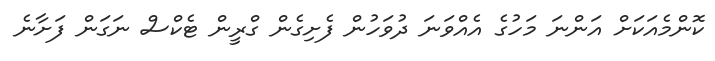
ކޮންމެއަކަށް އަންނަ މަހުގެ އެއްވަނަ ދުވަހުން ފެށިގެން ގްރީން ޓެކްސް ނަގަން ފަށާނެ